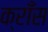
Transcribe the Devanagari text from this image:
क्राँस